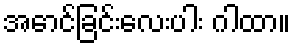
အောင်ခြင်းလေးပါး ဂါထာ။